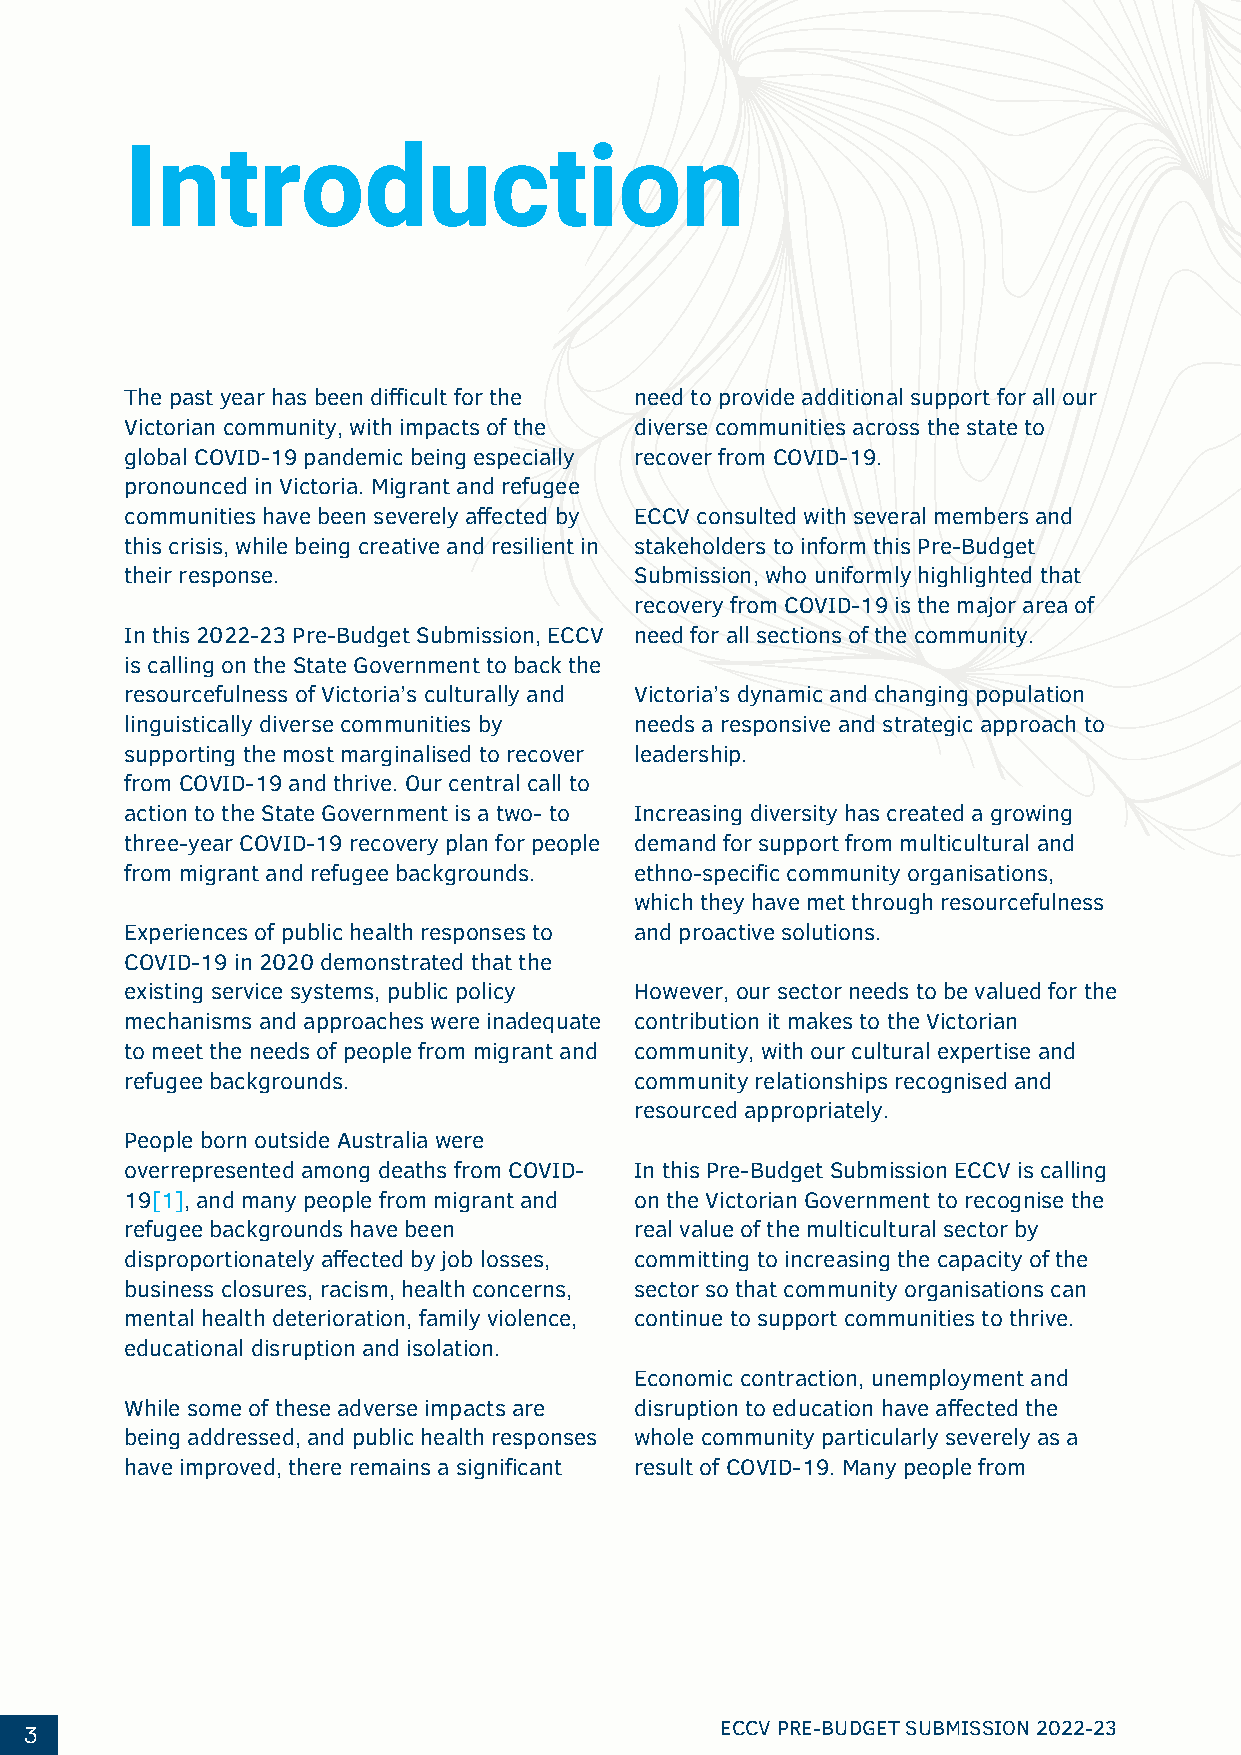
Introduction
 The past year has been difficult for the need to provide additional support for all our
 Victorian community, with impacts of the diverse communities across the state to
 global COVID-19 pandemic being especially recover from COVID-19.
 pronounced in Victoria. Migrant and refugee
 communities have been severely affected by ECCV consulted with several members and
 this crisis, while being creative and resilient in stakeholders to inform this Pre-Budget
 their response.                   Submission, who uniformly highlighted that
 recovery from COVID-19 is the major area of
 In this 2022-23 Pre-Budget Submission, ECCV need for all sections of the community.
 is calling on the State Government to back the
 resourcefulness of Victoria’s culturally and Victoria’s dynamic and changing population
 linguistically diverse communities by needs a responsive and strategic approach to
 supporting the most marginalised to recover leadership.
 from COVID-19 and thrive. Our central call to
 action to the State Government is a two- to Increasing diversity has created a growing
 three-year COVID-19 recovery plan for people demand for support from multicultural and
 from migrant and refugee backgrounds. ethno-specific community organisations,
 which they have met through resourcefulness
 Experiences of public health responses to and proactive solutions.
 COVID-19 in 2020 demonstrated that the
 existing service systems, public policy However, our sector needs to be valued for the
 mechanisms and approaches were inadequate contribution it makes to the Victorian
 to meet the needs of people from migrant and community, with our cultural expertise and
 refugee backgrounds.              community relationships recognised and
 resourced appropriately.
 People born outside Australia were
 overrepresented among deaths from COVID- In this Pre-Budget Submission ECCV is calling
 19[1], and many people from migrant and on the Victorian Government to recognise the
 refugee backgrounds have been     real value of the multicultural sector by
 disproportionately affected by job losses, committing to increasing the capacity of the
 business closures, racism, health concerns, sector so that community organisations can
 mental health deterioration, family violence, continue to support communities to thrive.
 educational disruption and isolation.
 Economic contraction, unemployment and
 While some of these adverse impacts are disruption to education have affected the
 being addressed, and public health responses whole community particularly severely as a
 have improved, there remains a significant result of COVID-19. Many people from
 1
 3                                             ECCV PRE-BUDGET SUBMISSION 2022-23